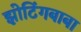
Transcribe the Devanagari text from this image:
झोटिंगबाबा